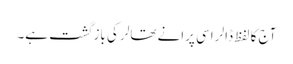
آج کا لفظ ڈالر اسی پرانے تھالر کی بازگشت ہے۔